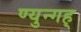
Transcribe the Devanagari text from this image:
ण्युन्गह्